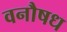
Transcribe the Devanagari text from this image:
वनौषध